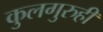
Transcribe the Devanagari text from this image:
कुलगुरुही